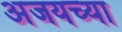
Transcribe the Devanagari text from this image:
अजयच्या